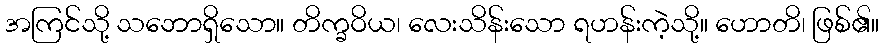
အကြင်သို့ သဘောရှိသော။ တိက္ခဝိယ၊ လေးသိန်းသော ရဟန်းကဲ့သို့။ ဟောတိ၊ ဖြစ်၏။